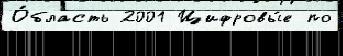
О́бласть 2001 Цифровы́е по